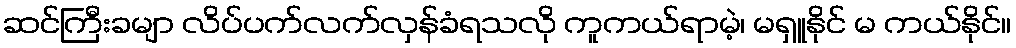
ဆင်ကြီးခမျာ လိပ်ပက်လက်လှန်ခံရသလို ကူကယ်ရာမဲ့၊ မရှူနိုင် မ ကယ်နိုင်။